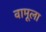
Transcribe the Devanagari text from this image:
वामूला